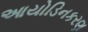
આયોડિનકરણ